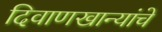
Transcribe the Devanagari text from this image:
दिवाणखान्यांचे